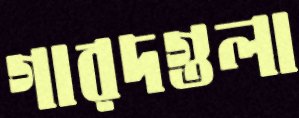
গারদগুলা